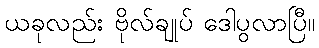
ယခုလည်း ဗိုလ်ချုပ် ဒေါပွလာပြီ။